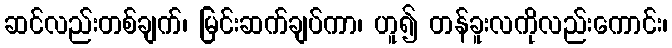
ဆင်လည်းတစ်ချက်၊ မြင်းဆက်ချပ်ကာ၊ ဟူ၍ တန်ခူးလကိုလည်းကောင်း၊